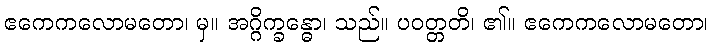
ဧကေကလောမတော၊ မှ။ အဂ္ဂိက္ခန္ဓော၊ သည်။ ပဝတ္တတိ၊ ၏။ ဧကေကလောမတော၊